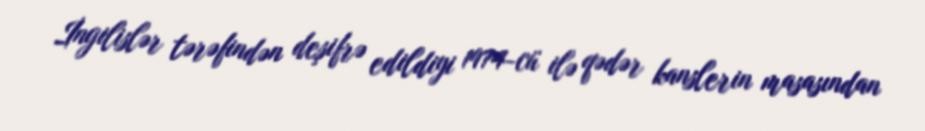
İngilislər tərəfindən deşifrə edildiyi 1974-cü ilə qədər kanslerin masasından